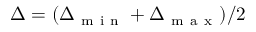
\Delta = ( \Delta _ { \mathrm { ~ m ~ i ~ n ~ } } + \Delta _ { \mathrm { ~ m ~ a ~ x ~ } } ) / 2